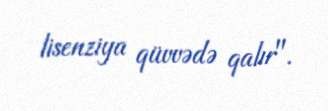
lisenziya qüvvədə qalır".